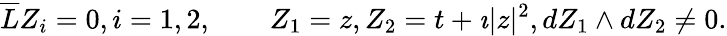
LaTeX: {\overline{{L}}}Z_{i}=0,i=1,2,\qquad Z_{1}=z,Z_{2}=t+\imath|z|^{2},dZ_{1}\wedge dZ_{2}\not=0.